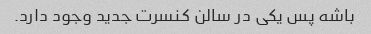
باشه پس یکی در سالن کنسرت جدید وجود دارد.